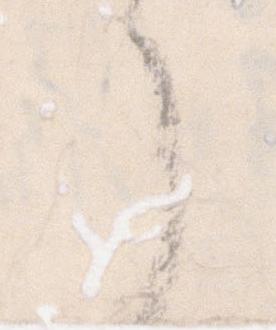
了